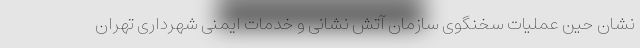
نشان حین عملیات سخنگوی سازمان آتش نشانی و خدمات ایمنی شهرداری تهران